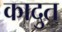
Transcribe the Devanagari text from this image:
कादुत